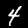
Label: 4